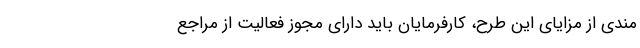
مندی از مزایای این طرح، کارفرمایان باید دارای مجوز فعالیت از مراجع